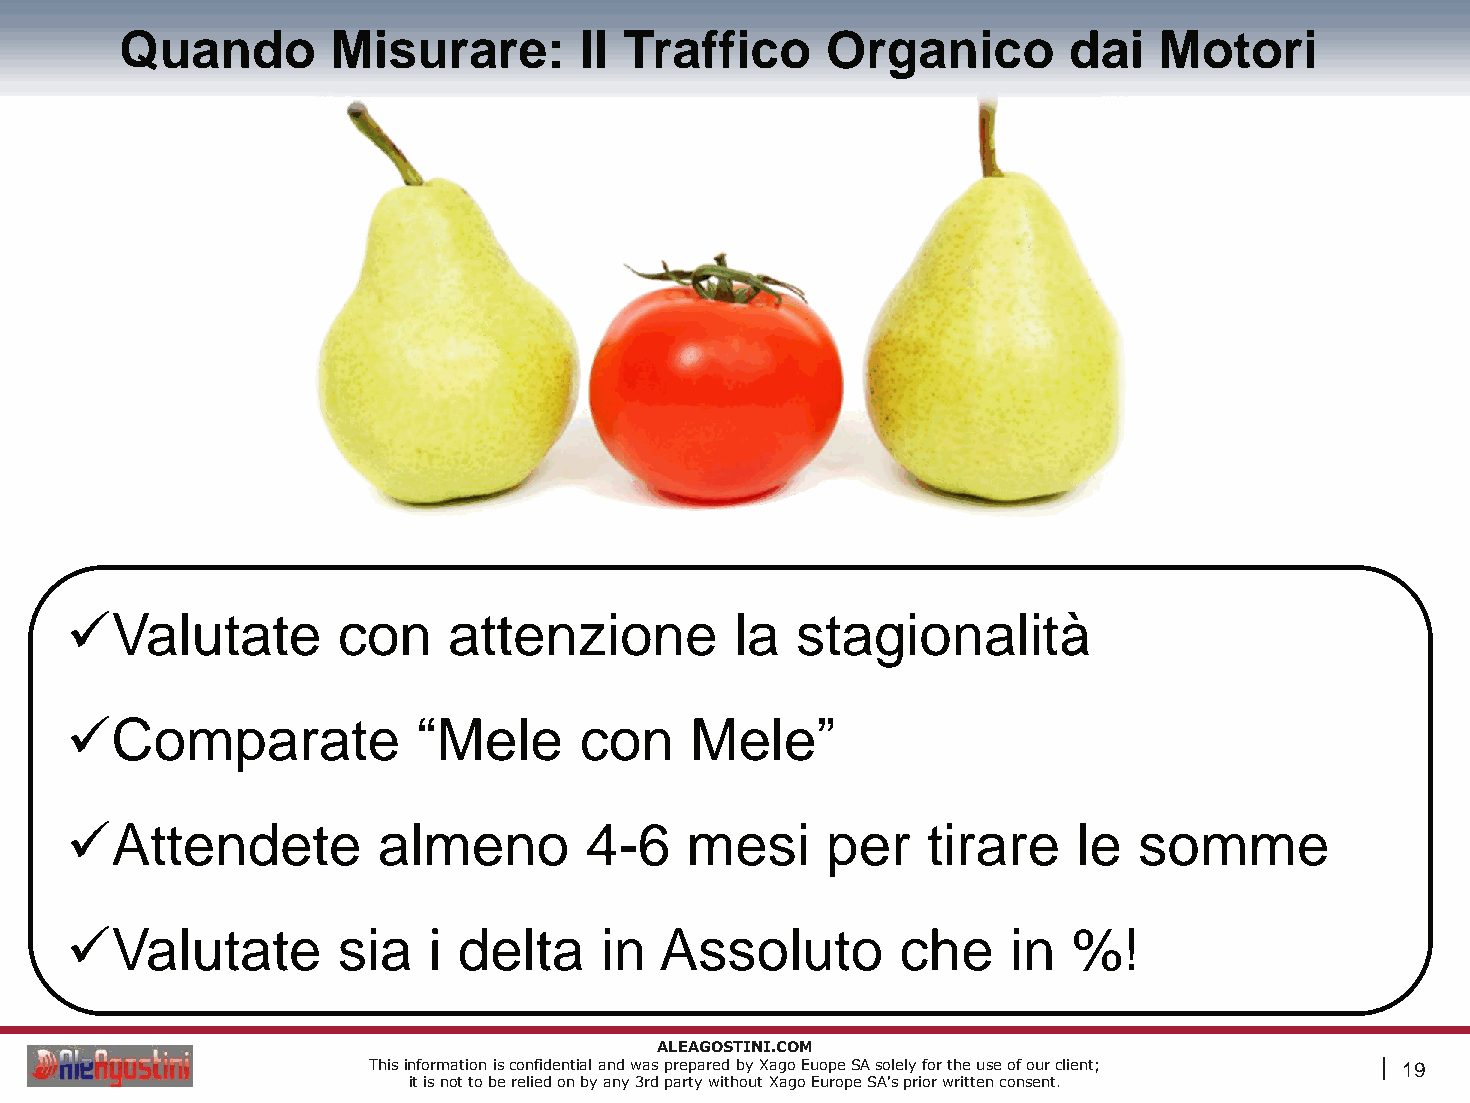
Quando        Misurare:       Il Traffico      Organico        dai   Motori
 Valutate         con     attenzione         la  stagionalità
 Comparate              “Mele     con     Mele”
 Attendete           almeno        4-6   mesi      per   tirare    le  somme
 Valutate         sia   i delta     in  Assoluto        che    in  %!
 ALEAGOSTINI.COM
 This information is confidential and was prepared by Xago Euope SA solely for the use of our client; | 19
 it is not to be relied on by any 3rd party without Xago Europe SA's prior written consent.